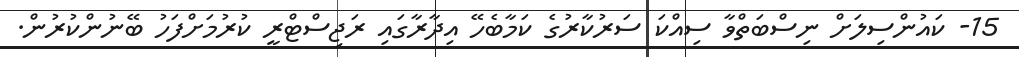
15- ކައުންސިލަށް ނިސްބަތްވާ ސިއްކަ ސަރުކާރުގެ ކަމާބެހޭ އިދާރާގައި ރަޖިސްޓްރީ ކުރުމަށްފަހު ބޭނުންކުރުން.